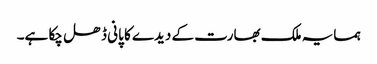
ہمسایہ ملک بھارت کے دیدے کا پانی ڈھل چکا ہے۔